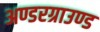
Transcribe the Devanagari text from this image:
अण्डरग्राउण्ड